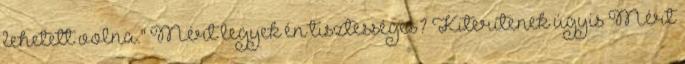
lehetett volna." Mért legyek én tisztességes? Kiterítenek úgyis Mért